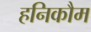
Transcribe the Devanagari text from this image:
हनिकौम